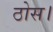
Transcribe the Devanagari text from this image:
ठोस।